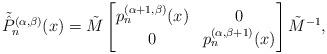
LaTeX: \begin{align*}\tilde{\hat P}_n^{(\alpha,\beta)}(x)=\tilde M\begin{bmatrix}p_{n}^{(\alpha+1,\beta)}(x)& 0\\0 &p_{n}^{(\alpha,\beta+1)}(x)\end{bmatrix}\tilde M^{-1},\end{align*}